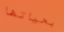
بحياتها